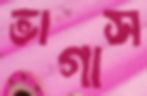
ভাগাস